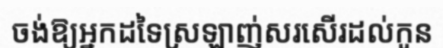
ចង់ឱ្យអ្នកដទៃស្រឡាញ់សរសើរដល់កូន